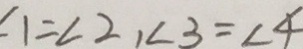
1 = \angle 2 , \angle 3 = \angle 4